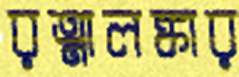
রত্নালঙ্কার